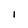
Character: I